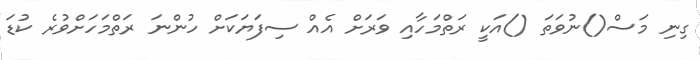
ގިނި މަސް()ނުވަތަ ()އަކީ ރަތްމަހާއި ވަރަށް އެއް ސިފަޔަކަށް ހުންނަ ރަތްމަހަށްވުރެ ކުޑަ